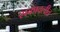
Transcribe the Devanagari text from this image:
शकावलीत